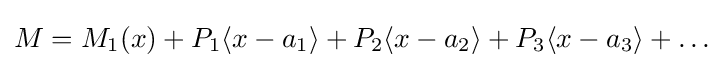
M=M_{1}(x)+P_{1}\langle x-a_{1}\rangle +P_{2}\langle x-a_{2}\rangle +P_{3}\langle x-a_{3}\rangle +\dots